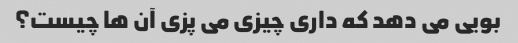
بویی می دهد که داری چیزی می پزی آن ها چیست؟